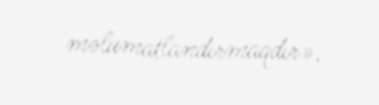
məlumatlandırmaqdır».